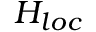
H _ { l o c }